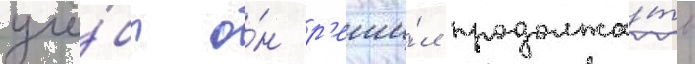
учё́бы о́н р'еши́л продолжа́ть